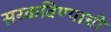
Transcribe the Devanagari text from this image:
सरकविण्याची